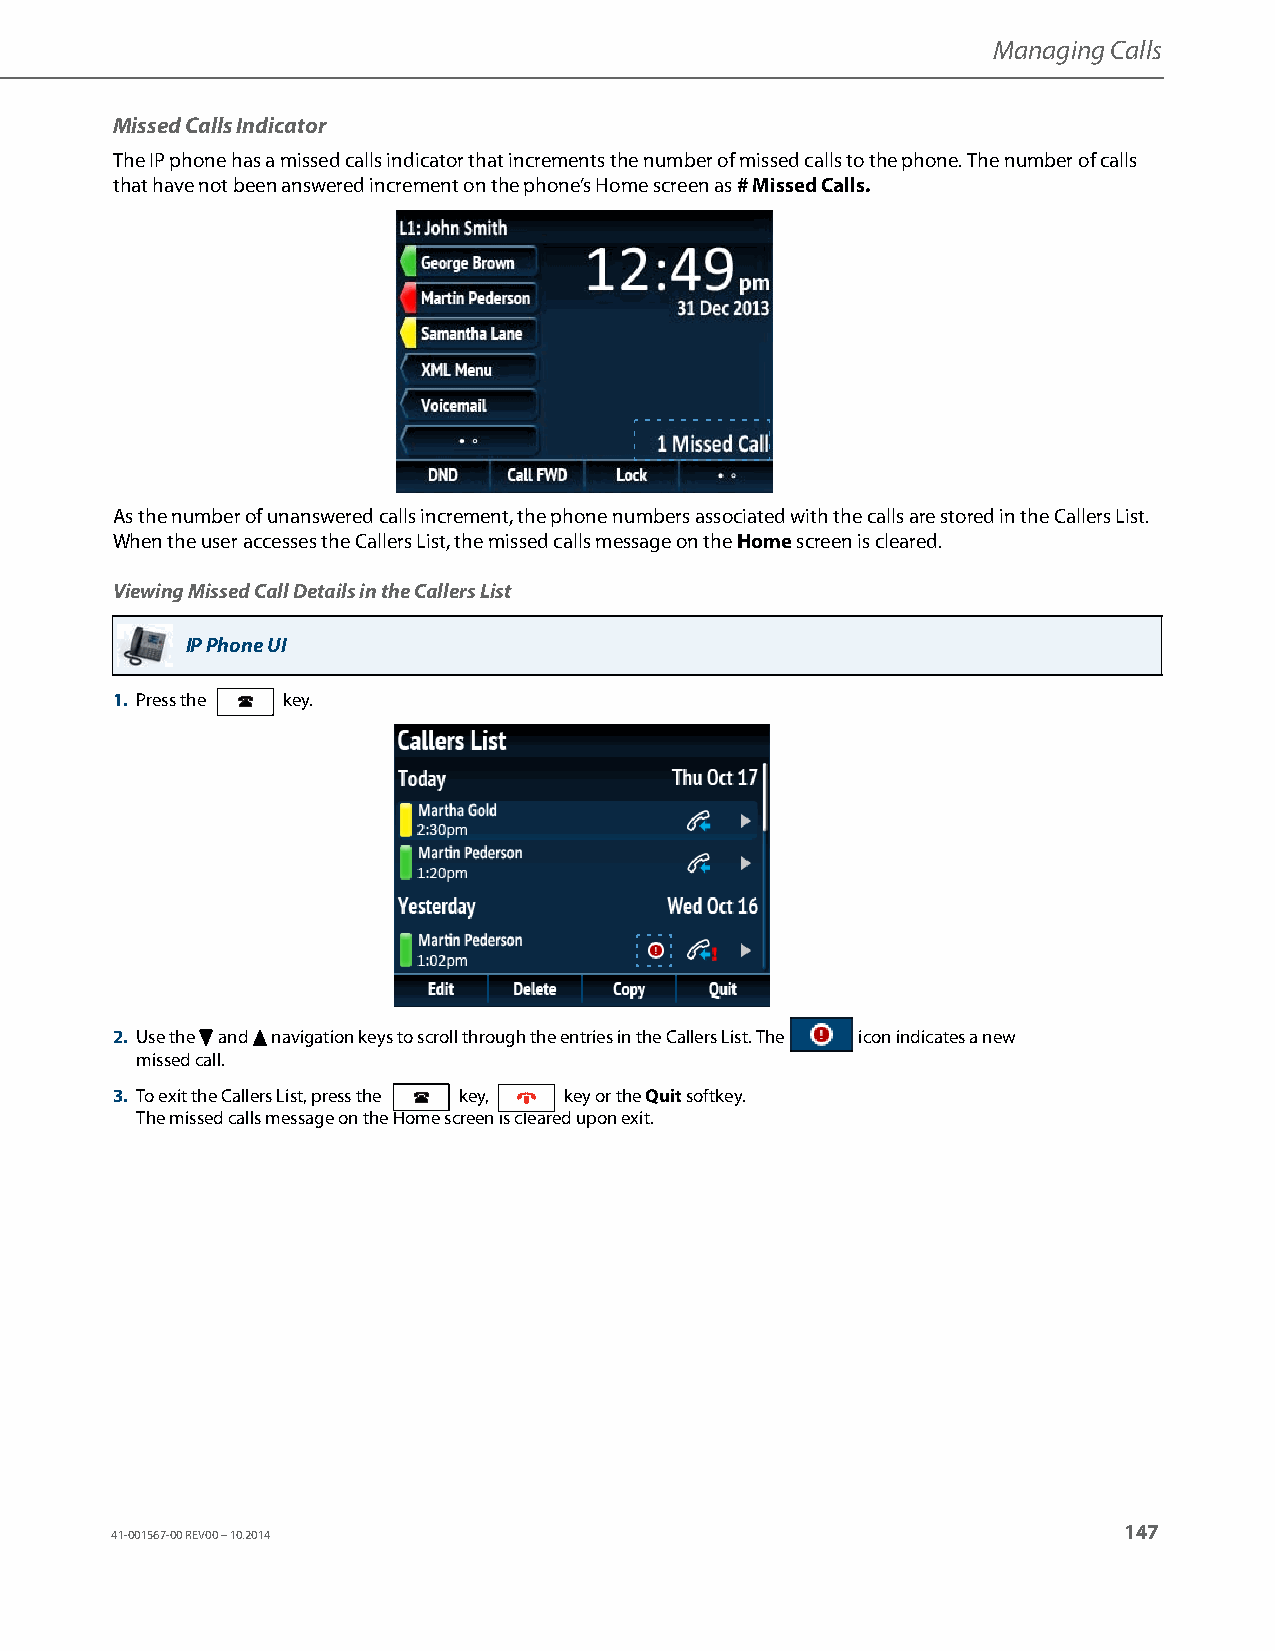
Managing Calls
 Missed Calls Indicator
 The IP phone has a missed calls indicator that increments the number of missed calls to the phone. The number of calls
 that have not been answered increment on the phone’s Home screen as # Missed Calls.
 As the number of unanswered calls increment, the phone numbers associated with the calls are stored in the Callers List.
 When the user accesses the Callers List, the missed calls message on the Home screen is cleared.
 Viewing Missed Call Details in the Callers List
 IP Phone UI
 1. Press the key.
 2. Use the 2 and 5 navigation keys to scroll through the entries in the Callers List. The icon indicates a new
 missed call.
 3. To exit the Callers List, press the key, key or the Quit softkey.
 The missed calls message on the Home screen is cleared upon exit.
 147
 41-001567-00 REV00 – 10.2014